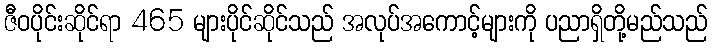
ဇီဝပိုင်းဆိုင်ရာ 465 များပိုင်ဆိုင်သည် အလုပ်အကောင့်များကို ပညာရှိတို့မည်သည်